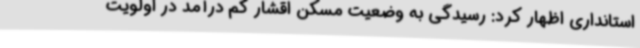
استانداری اظهار کرد: رسیدگی به وضعیت مسکن اقشار کم درآمد در اولویت